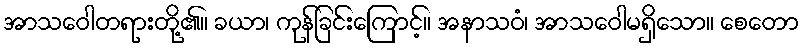
အာသဝေါတရားတို့၏။ ခယာ၊ ကုန်ခြင်းကြောင့်။ အနာသဝံ၊ အာသဝေါမရှိသော။ စေတော